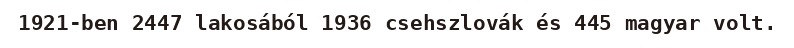
1921-ben 2447 lakosából 1936 csehszlovák és 445 magyar volt.